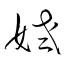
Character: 姥